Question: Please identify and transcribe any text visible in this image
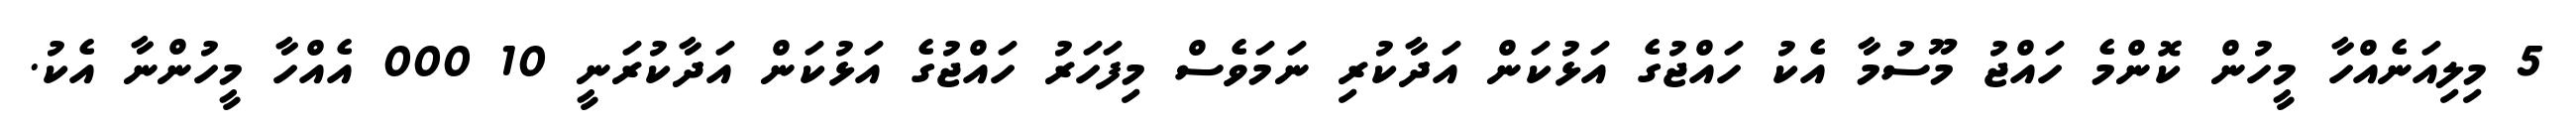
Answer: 5 މިލިއަނެއްހާ މީހުން ކޮންމެ ހައްޖު މޫސުމާ އެކު ހައްޖުގެ އަޅުކަން އަދާކުރި ނަމަވެސް މިފަހަރު ހައްޖުގެ އަޅުކަން އަދާކުރަނީ 10 000 އެއްހާ މީހުންނާ އެކު.